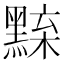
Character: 𪑘